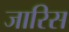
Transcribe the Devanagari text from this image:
जारिस